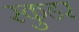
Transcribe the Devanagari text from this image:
स्कुडर